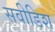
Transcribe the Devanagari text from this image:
सवीडिश